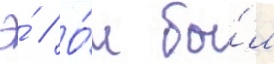
Э́ // О́н бы́л